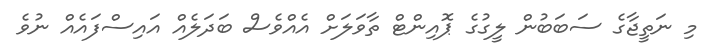
މި ނަތީޖާގެ ސަބަބުން ލީގުގެ ޕޮއިންޓް ތާވަލަށް އެއްވެސް ބަދަލެއް އައިސްފައެއް ނުވެ